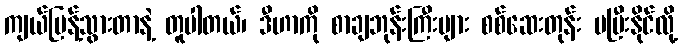
ကျယ်ပြန့်သွားတာနဲ့ တူပါတယ်၊ ဒီဟာကို စာချဘုန်းကြီးများ စစ်ဆေးတုန်း မပြီးနိုင်လို့